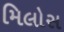
મિલોસ